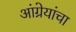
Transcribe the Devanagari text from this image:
आंग्रेयांचा